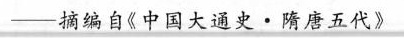
---摘编自《中国大通史 · 隋唐五代》